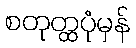
စတုတ္ထပုံမှန်